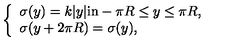
\left\{ \begin{array} { l } { \sigma ( y ) = k | y | \mathrm { i n } - \pi R \leq y \leq \pi R , } \\ { \sigma ( y + 2 \pi R ) = \sigma ( y ) , } \\ \end{array} \right.